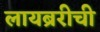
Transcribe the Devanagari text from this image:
लायब्ररीची